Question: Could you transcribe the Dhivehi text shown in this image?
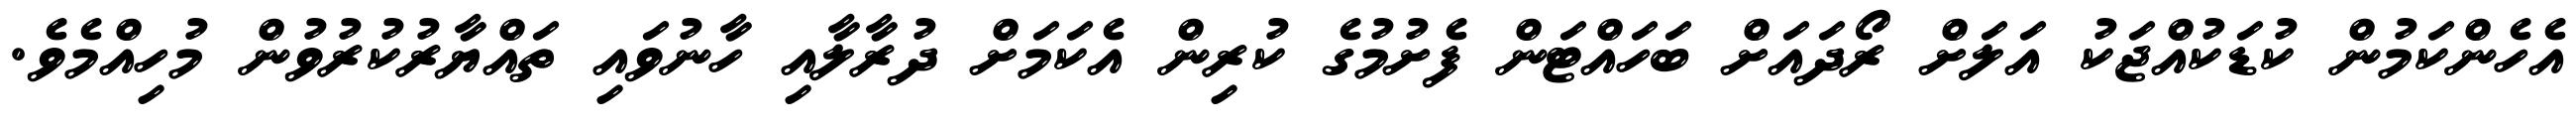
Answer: އެހެންކަމުން ކުޑަކުއްޖަކު އަލަށް ރޯދައަށް ބަހައްޓަން ފެށުމުގެ ކުރިން އެކަމަށް ދުރާލާއި ހާނުވައި ތައްޔާރުކުރުވުން މުހިއްމެވެ.